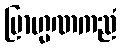
ဗြာဟ္မဏကညံ